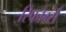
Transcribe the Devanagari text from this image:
रिफोर्म्स